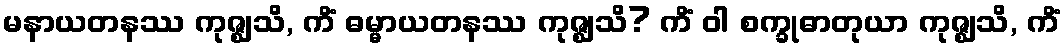
မနာယတနဿ ကုဇ္ဈသိ, ကိံ ဓမ္မာယတနဿ ကုဇ္ဈသိ? ကိံ ဝါ စက္ခုဓာတုယာ ကုဇ္ဈသိ, ကိံ